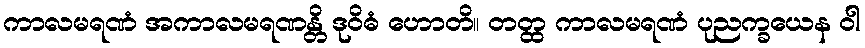
ကာလမရဏံ အကာလမရဏန္တိ ဒုဝိဓံ ဟောတိ။ တတ္ထ ကာလမရဏံ ပုညက္ခယေန ဝါ